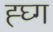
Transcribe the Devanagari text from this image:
ह्घ्ग